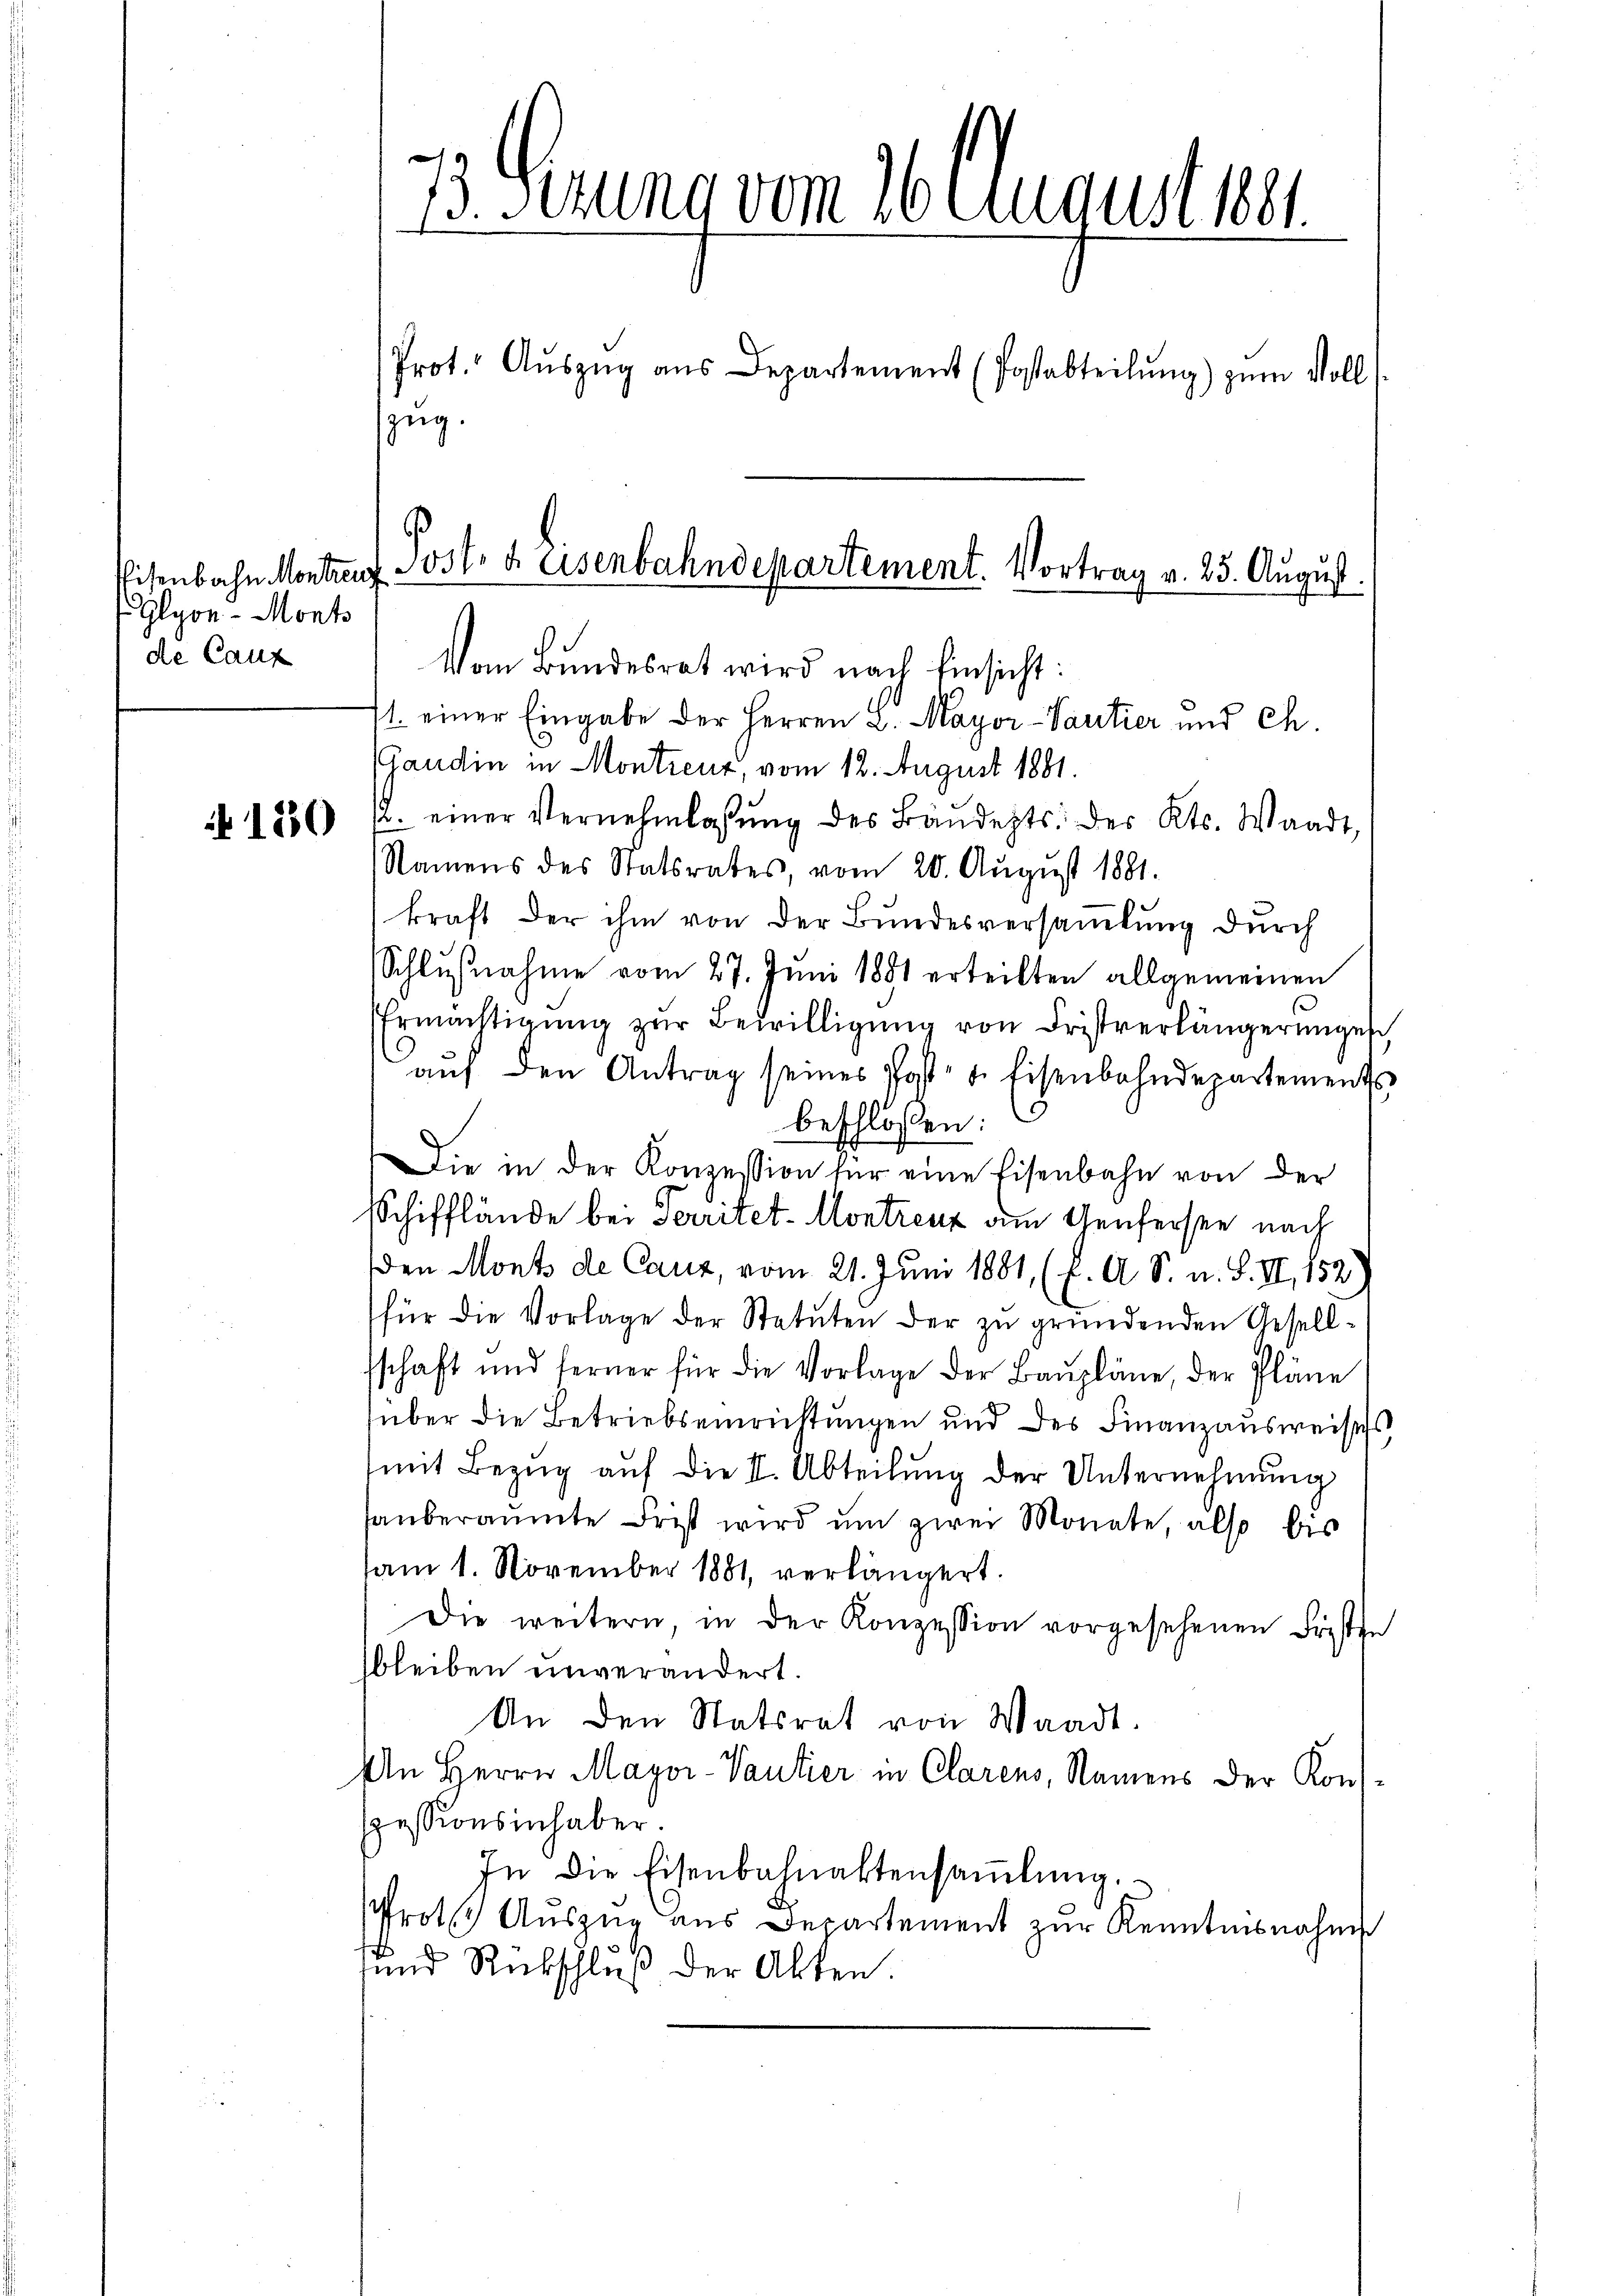
Eisenbahn. Montreu
Glyon - Monts
de Canz

N 180

7. Gerung vom 16. August 1881.
Prot. Aŭszŭg aŭs Departement (Postabteilŭng zŭm Voll
zug.

Post. a asenbahndepartement. Vortrag v. 25. August.
Vom Bundesrat wird nach Einsicht:
1. einer Eingabe der Herren L. Mayor-Pautier und Ch.

Candin in Montreux, vom 12. August 1881.
2. einer Vernehmlassŭng des Bänderts. des Kts. Waadt,
Namens des Statsrates, vom 20. August 1881.
kraft der ihm von der Bundesversammlung durch
Schlŭβnahme vom 27. Juni 1881 erteilten allgemeinen
Ermächtigŭng zŭr Bewilligŭng von Fristverlängerunges
auf den Antrag seines Post- u. Eisenbahndepartements
beschlossen:
Die in der Konzession für eine Eisenbahn von der
Schifflände bei Serritet-Montreuz am Genfersee nach
den Monts de Canz, vom 21. Juni 1881, (E. A. S. u. S. II, 152)
für die Vorlage der Statuten der zu gründenden Gesellsschaft und ferner für die Vorlage der Baŭpläne, der Pläne
über die Betriebseinrichtungen und des Finanzausweises
mit Bezŭg aŭf die II. Abteilŭng der Unternehmung
saŭberamte Frist wird ŭm zwei Monate, also bis
am 1. November 1881, verlängert.
Die weitern, in der Konzession vorgesehenen Fristen
bleiben unverändert.
An den Statsrat von Waadt.
An Herrn Mayor-Vaulier in Clarens, Namens der Konsspessionsinhaber.
In die Eisenbahnaktensaṁlŭng.
Prote Aŭszŭg aŭs Departement zŭr Kenntnisnahme
und Rückschluß der Alten.